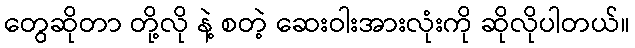
တွေဆိုတာ တို့လို နဲ့ စတဲ့ ဆေးဝါးအားလုံးကို ဆိုလိုပါတယ်။